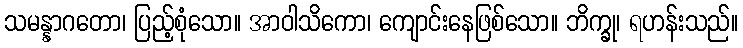
သမန္နာဂတော၊ ပြည့်စုံသော။ အာဝါသိကော၊ ကျောင်းနေဖြစ်သော။ ဘိက္ခု၊ ရဟန်းသည်။